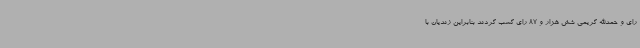
رای و حمدالله کریمی شش هزار و 87 رای کسب کردند بنابراین زندیان با